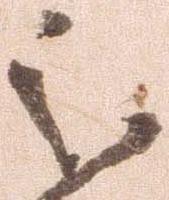
被